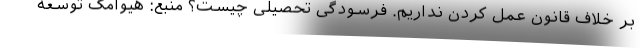
بر خلاف قانون عمل کردن نداریم. فرسودگی تحصیلی چیست؟ منبع: هیوامگ توسعه